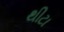
થીટા